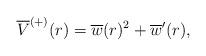
LaTeX: \begin{align*} \overline{V}^{(+)}(r) = \overline{w}(r)^2 + \overline{w}^\prime(r),\end{align*}